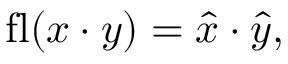
\operatorname { f l } ( x \cdot y ) = { \hat { x } } \cdot { \hat { y } } ,